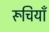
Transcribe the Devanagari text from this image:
रूचियाँ